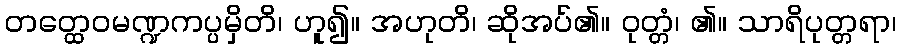
တတ္ထေဝမဏ္ဍကပ္ပမှိတိ၊ ဟူ၍။ အဟုတိ၊ ဆိုအပ်၏။ ဝုတ္တံ၊ ၏။ သာရိပုတ္တရာ၊